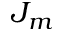
J _ { m }